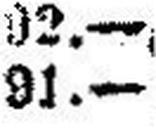
91.—